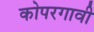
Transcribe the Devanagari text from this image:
कोपरगावी